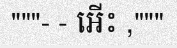
"""- - អើះ ,"""